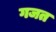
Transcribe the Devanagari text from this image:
गजत